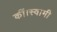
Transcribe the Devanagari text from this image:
कीं।स्वामी